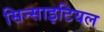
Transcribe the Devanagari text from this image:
सिन्साइटियल